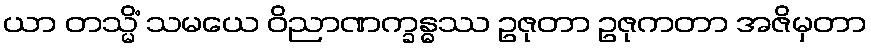
ယာ တသ္မိံ သမယေ ဝိညာဏက္ခန္ဓဿ ဥဇုတာ ဥဇုကတာ အဇိမှတာ